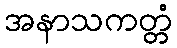
အနာသကတ္တံ